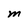
Character: m